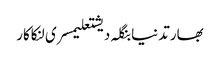
بھارتدنیابنگلہ دیشتعلیمسری لنکاکار